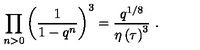
\prod _ { n > 0 } \left( \frac { 1 } { 1 - q ^ { n } } \right) ^ { 3 } = \frac { q ^ { 1 / 8 } } { \eta \left( \tau \right) ^ { 3 } } \ .